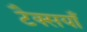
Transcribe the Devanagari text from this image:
टैक्सयाँ